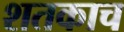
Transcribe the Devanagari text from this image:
शतकाच